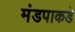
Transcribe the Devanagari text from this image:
मंडपाकडे